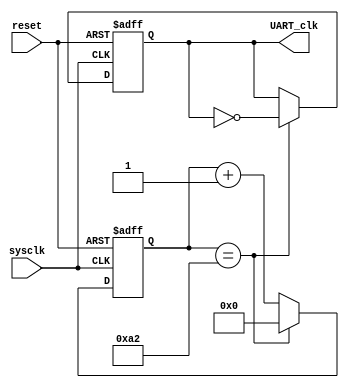
module UART_clock(sysclk,reset,UART_clk);
input sysclk,reset;
output reg UART_clk;
reg[8:0] counter = 0;

initial 
begin
UART_clk<=0;
end

always @(posedge sysclk or negedge reset)
begin
	if(~reset)
	begin
		counter <= 0;
		UART_clk <=0;
	end
	else if(counter == 162)
	begin
		counter <= 0;
		UART_clk =~ UART_clk;
	end
	else
		counter <= counter + 1;
end

endmodule